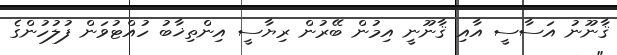
ޤާނޫނު އަސާސީ އާއި ޤާނޫނީ އިމުން ބޭރުން ރިޔާސީ އިންތިޚާބު ހުއްޓުވަން ފުލުހުންގެ